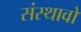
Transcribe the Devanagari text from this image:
संस्थावों